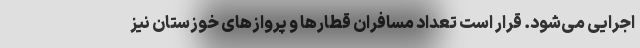
اجرایی می‌شود. قرار است تعداد مسافران قطارها و پروازهای خوزستان نیز